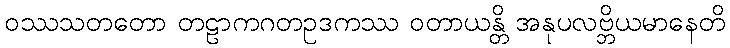
ဝဿသတတော တဠာကဂတဥဒကဿ ဝတာယန္တိ အနုပလဗ္ဘိယမာနေတိ